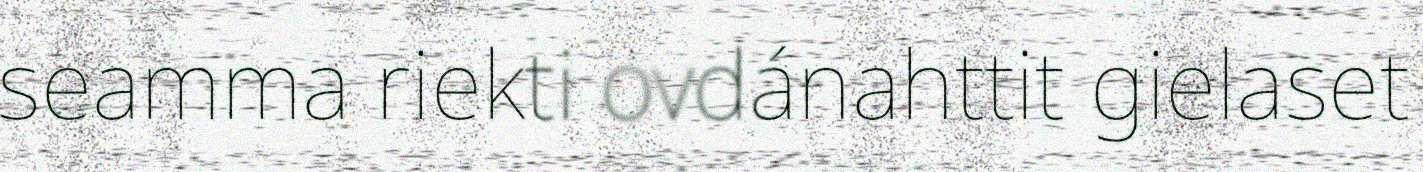
seamma riekti ovdánahttit gielaset